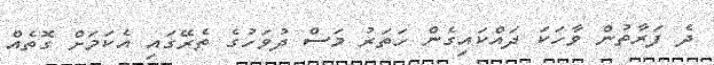
ދެ ފަރާތުން ވާހަކަ ދައްކައިގެން ހަތަރު މަސް ދުވަހުގެ ތެރޭގައި އެކަމަށް ގޮތެއް